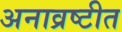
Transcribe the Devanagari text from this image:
अनाव्रष्टीत